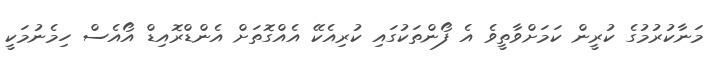
މަނާކުރުމުގެ ކުރީން ކަމަށްވާތީވެ އެ ފޯންތަކުގައި ކުރިއެކޭ އެއްގޮތަށް އެންޑްރޮއިޑް އޯއެސް ހިމެނުމަކީ